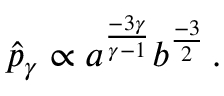
\hat { p } _ { \gamma } \propto a ^ { \frac { - 3 \gamma } { \gamma - 1 } } b ^ { \frac { - 3 } { 2 } } \, .